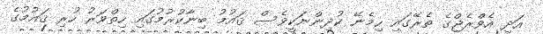
އަދި އެވްރެޖްގެ ތެރޭގައި ހިމެނޭ ކުދިންނަކީވެސް ޤައުމު ބިނާކުރުމުގައި ހިތްވަރު ހުރި ޤައުމުގެ